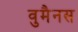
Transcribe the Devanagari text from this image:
वुमैनस